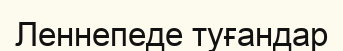
Леннепеде туғандар